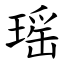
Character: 瑶